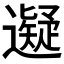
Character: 𬩜